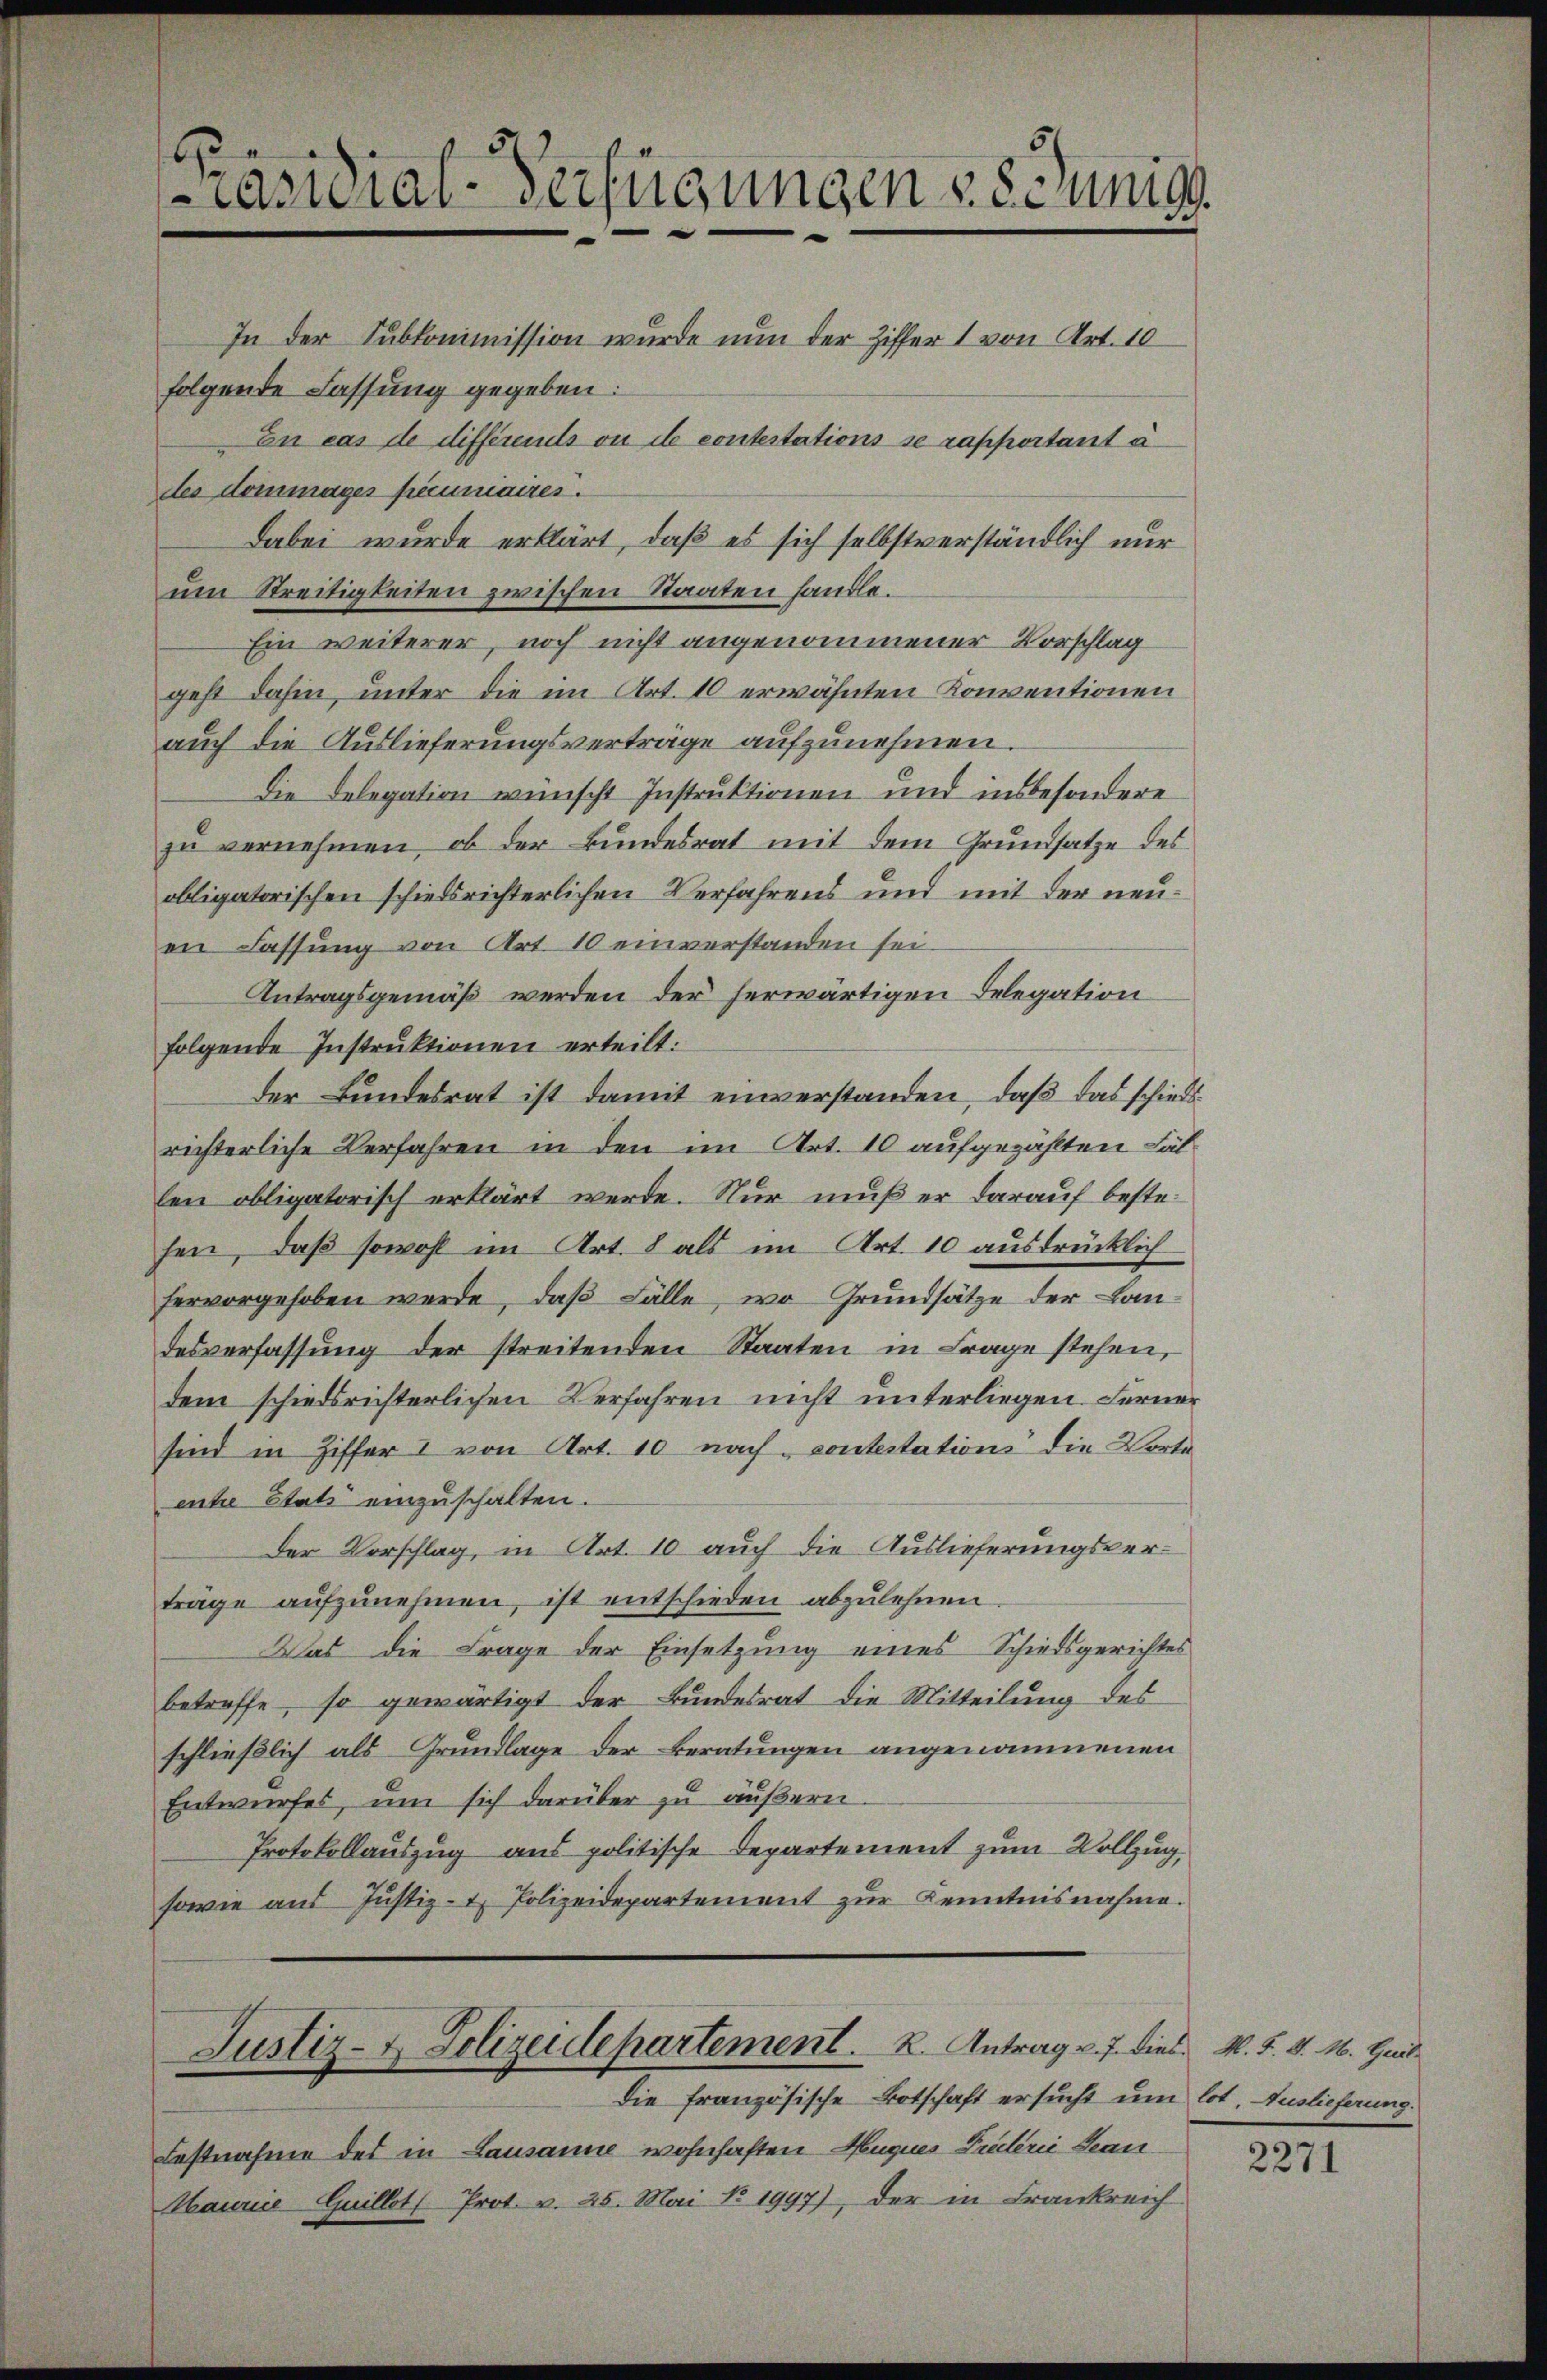
räsidial-Verfügungen 28 Junigs
In der Subkommission wurde nun der Ziffer 1 von Art. 10
folgende Fassung gegeben:
En cas de differeits ou de contestations se rapportant a
des dommages pecuniaires.

Dabei wurde erklärt, daß es sich selbstverständlich nur
um Streitigkeiten zwischen Staaten handle.
Ein weiterer, noch nicht angenommener Vorschlag
geht dahin, unter die im Art. 10 erwähnten Konventionen
auch die Auslieferungsverträge aufzunehmen.
Die Delegation wünscht Instruktionen und insbesondere
zu vernehmen, ob der Bŭndesrat mit dem Grŭndsatze des
obligatorischen schiedsrichterlichen Verfahrens und mit der neuen Fassung von Art. 10 einverstanden sei.
Antragsgemäß werden der herwärtigen Delegation
folgende Instruktionen erteilt:
der Bundesrat ist damit einverstanden, daß das schiedsrichterliche Verfahren in den im Art. 10 aufgezählten Lätlen obligatorisch erklärt werde. Nur muß er darauf bestesen, daß sowohl im Art. 8 als im Art. 10 ausdrücklich
hervorgehoben werde, daß Fälle, wo Grundsätze der Landesverfassung der streitenden Staaten in Frage stehen,
dem schiedsrichterlichen Verfahren nicht unterliegen. Ferner
sind in Ziffer I von Art. 10 nach contestation die Vorteente Etats einzuschalten.
Der Vorschlag, in Art. 10 auch die Auslieferungsverträge aufzunehmen, ist entschieden abzulehnen.
Was die Frage der Einsetzung eines Schiedsgerichtes
betreffe, so gewärtigt der Bundesrat die Mitteilung des
schließlich als Grundlage der Beratungen angenommenen
Entwurfes, um sich darüber zu äußern.
Protokollauszug aus politische Departement zum Vollzug,
sowie aus Justiz- & Polizeidepartement zur Kenntnisnahme.

Justiz- & Polizeidepartement. K. Antrag v. J. dies M. F. v. M. Heil¬
Die französische Botschaft ersucht um lot, Auslieferung.

Festnahme des in Lausanne wohnhaften Muques Pietrie Bean
Maurice Guillet Prot. v. 25. Mai No 1997), der in Frankreich

2271